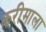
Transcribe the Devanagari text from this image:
करीमाला